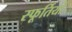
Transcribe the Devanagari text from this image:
स्फूर्तियों